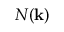
N ( { \bf k } )